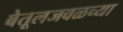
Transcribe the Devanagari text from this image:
बेतूलजवळच्या